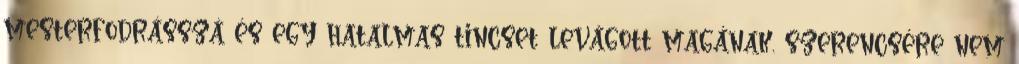
mesterfodrásszá és egy hatalmas tincset levágott magának. szerencsére nem